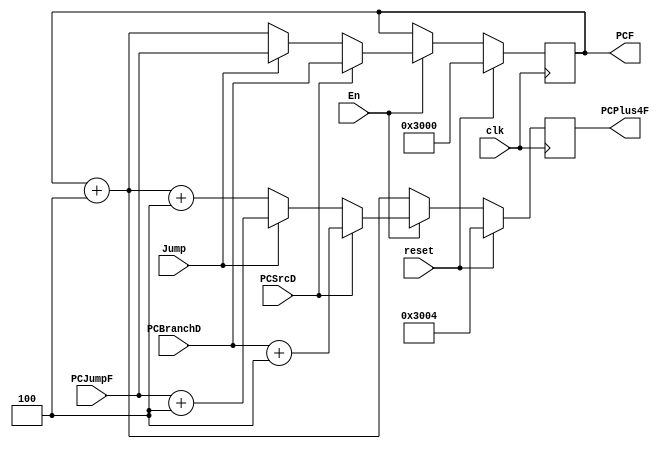
module PC(
  input               clk, reset, En,
  input               Jump, PCSrcD,
  input       [31:0]  PCJumpF, PCBranchD,
  output  reg [31:0]  PCPlus4F, PCF
  );
  
  initial
  begin
    PCF <= 32'h00003000;
    PCPlus4F <= 32'h00003004;
  end
  
  always @(posedge clk)
  begin
    if (reset)
    begin
      PCF = 32'h00003000;
      PCPlus4F = PCF + 4;
    end
    else if (!En)
    begin
      PCF = PCF;
      PCPlus4F = PCF + 4;
    end
    else if (PCSrcD)
    begin
      PCF = PCBranchD;
      PCPlus4F = PCF + 4;
    end
    else if (Jump)
    begin
      PCF = PCJumpF;
      PCPlus4F = PCF + 4;
    end
    else
    begin
      PCF = PCF + 4;
      PCPlus4F = PCF + 4;
    end
  end
  
endmodule